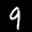
Label: 9